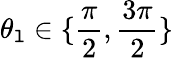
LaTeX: \theta_{\mathtt{l}}\in\{ \frac{{\pi}}{{2}},\frac{{3\pi}}{{2}}\}